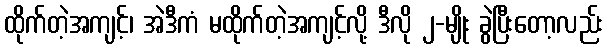
ထိုက်တဲ့အကျင့်၊ အဲဒီကံ မထိုက်တဲ့အကျင့်လို့ ဒီလို ၂-မျိုး ခွဲပြီးတော့လည်း